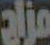
مزاج